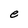
Character: e